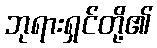
ဘုရားရှင်တို့၏